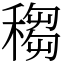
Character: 䅳